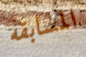
المسابقه